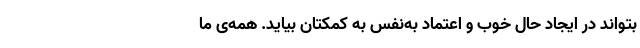
بتواند در ایجاد حال خوب و اعتماد به‌نفس به کمکتان بیاید. همه‌ی ما